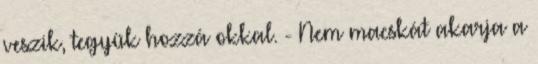
veszik, tegyük hozzá okkal. - Nem macskát akarja a